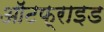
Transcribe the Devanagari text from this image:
ऑटफ्राइड